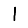
Digit: 1